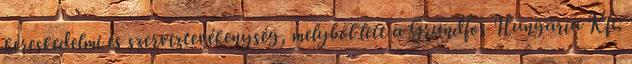
kereskedelmi és szerviztevékenység, melyből lett a Grundfos Hungária Kft.